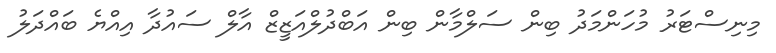
މިނިސްޓަރު މުހަންމަދު ބިން ސަލްމާން ބިން އަބްދުލްއަޒީޒް އާލް ސައުދާ އިއްޔެ ބައްދަލު